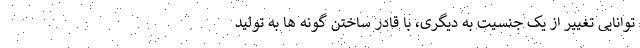
توانایی تغییر از یک جنسیت به دیگری، با قادر ساختن گونه ها به تولید